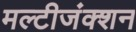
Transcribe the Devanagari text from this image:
मल्टीजंक्शन